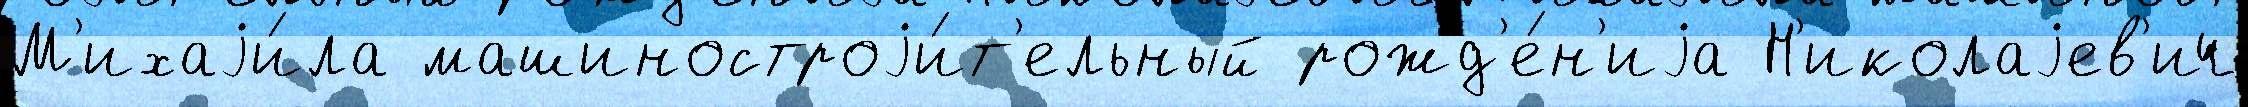
М'ихаjи́ла машиностроjи́т'ельный рожд'е́н'иjа Н'иколаjев'ич